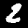
Digit: 2